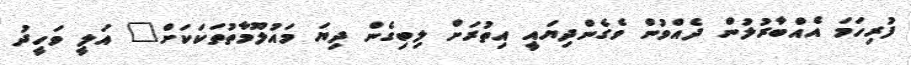
ފުރިހަމަ އެއްބާރުލުން ދެއްވުން ވެގެންދިޔައީ އިތުރަށް ލިބިގެން ދިޔަ މައުލޫމާތުތަކަކަށް" އަލީ ވަހީދު